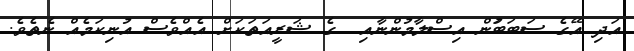
އަދި އޭގެ ސަބަބަުން އިސްލާމުންނާއި  ގެ ޝަރީއަތަކަށް އެއްވެސް އުނިކަމެއް ނެތެވެ.